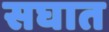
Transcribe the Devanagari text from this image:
सघात